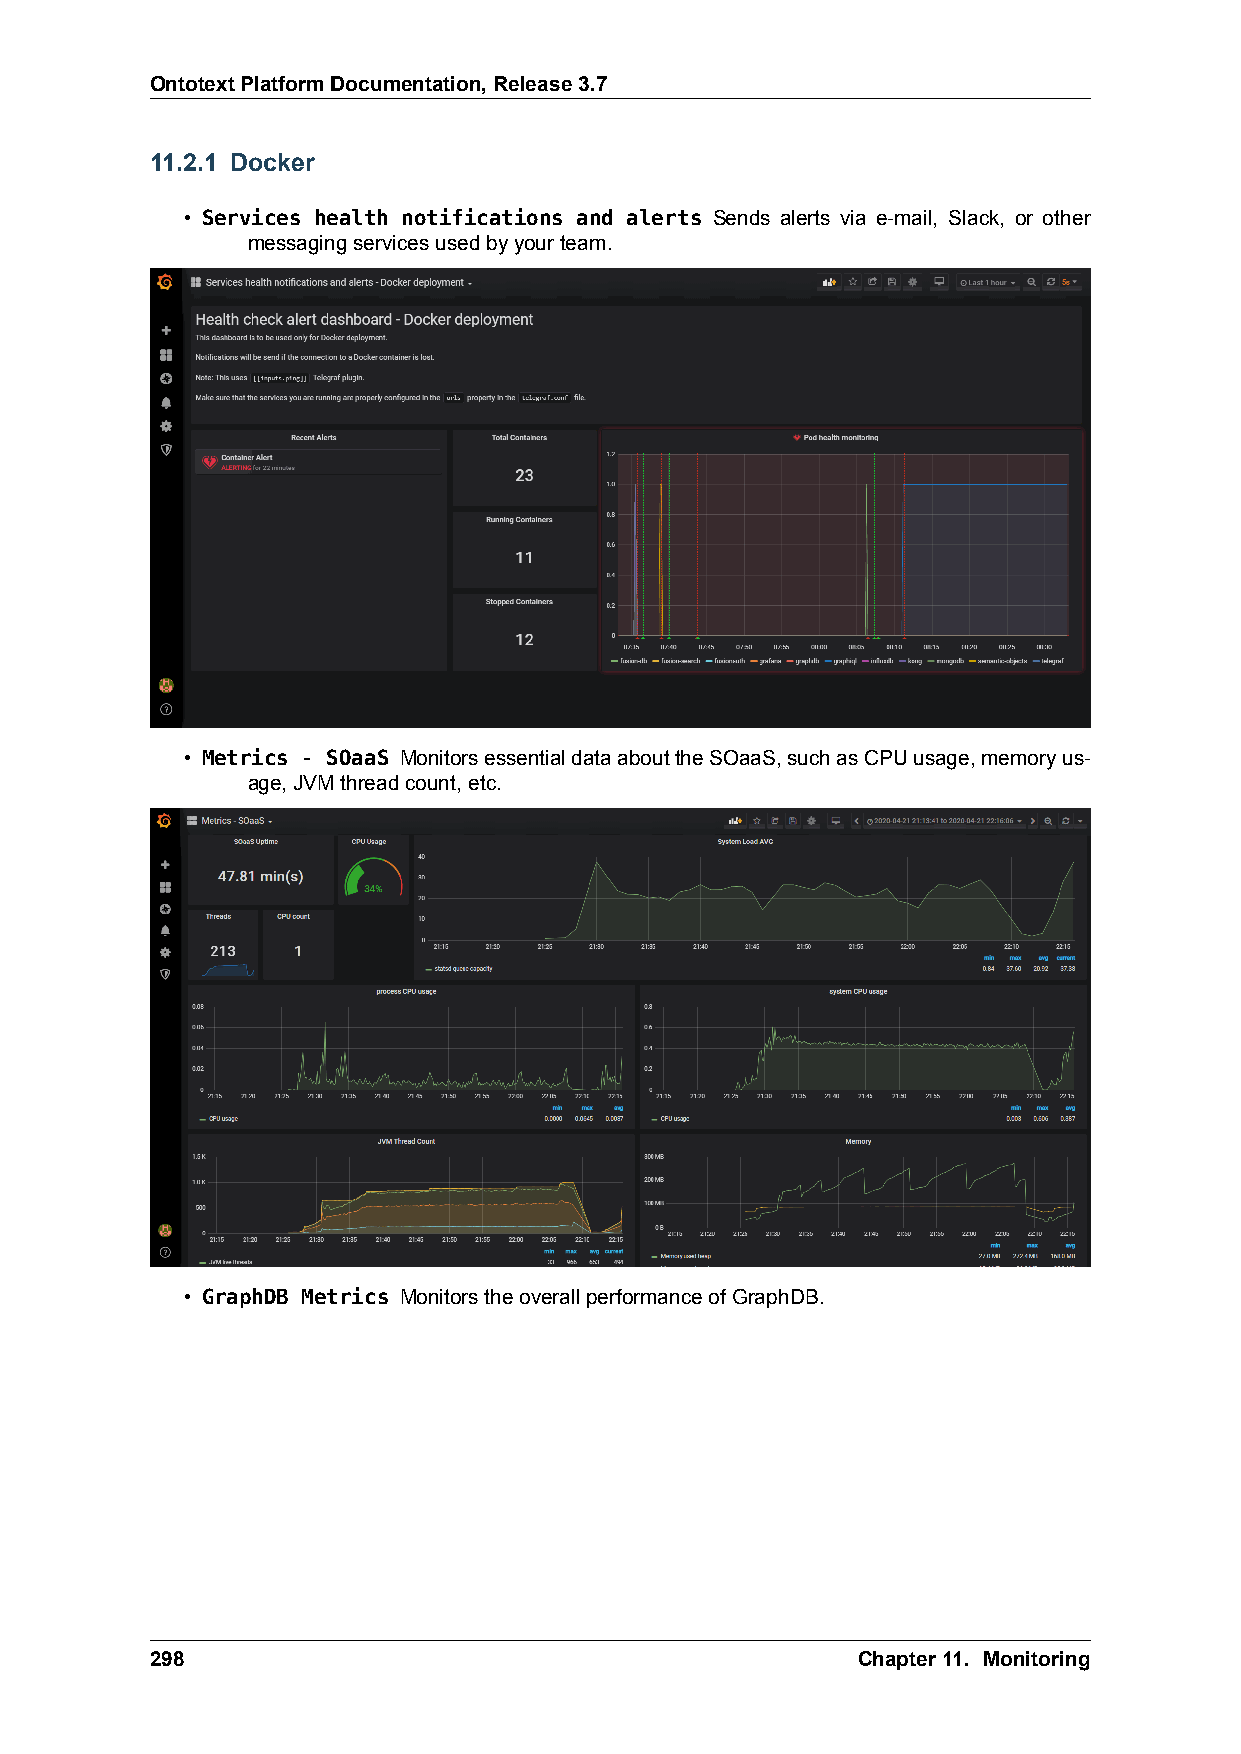
OntotextPlatformDocumentation,Release3.7
 11.2.1 Docker
 • Services health notifications and alerts Sends alerts via e-mail, Slack, or other
 messagingservicesusedbyyourteam.
 • Metrics - SOaaS MonitorsessentialdataabouttheSOaaS,suchasCPUusage,memoryus-
 age,JVMthreadcount,etc.
 • GraphDB Metrics MonitorstheoverallperformanceofGraphDB.
 298                                            Chapter11. Monitoring